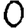
Digit: 0